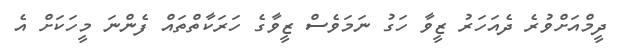
ދީމްއަށްވުރެ ދެއަހަރު ޒީވާ ހަގު ނަމަވެސް ޒީވާގެ ހަރަކާތްތައް ފެންނަ މީހަކަށް އެ